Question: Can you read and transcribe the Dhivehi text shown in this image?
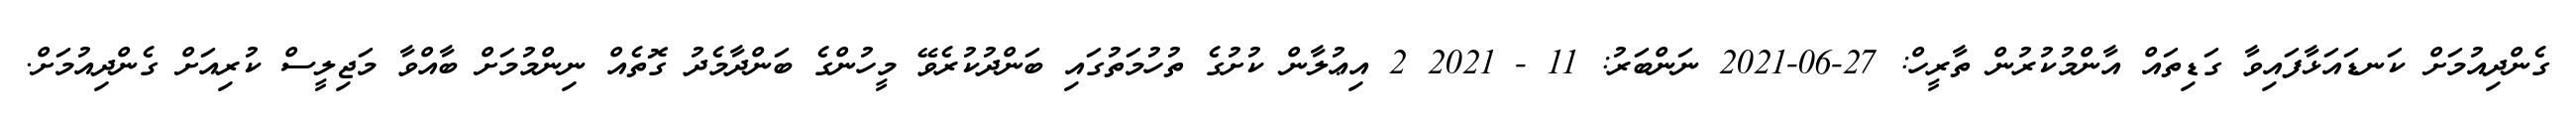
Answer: ގެންދިއުމަށް ކަނޑައަޅާފައިވާ ގަޑިތައް އާންމުކުރުން ތާރީހް: 27-06-2021 ނަންބަރު: 11 - 2021 2 އިޢުލާން ކުށުގެ ތުހުމަތުގައި ބަންދުކުރެވޭ މީހުންގެ ބަންދާމެދު ގޮތެއް ނިންމުމަށް ބާއްވާ މަޖިލީސް ކުރިއަށް ގެންދިއުމަށް.